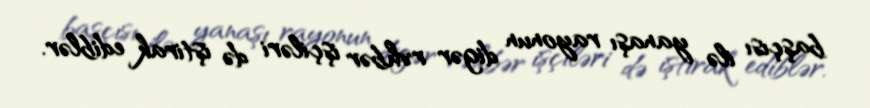
başçısı ilə yanaşı rayonun digər rəhbər işçiləri də iştirak ediblər.